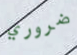
ضروري